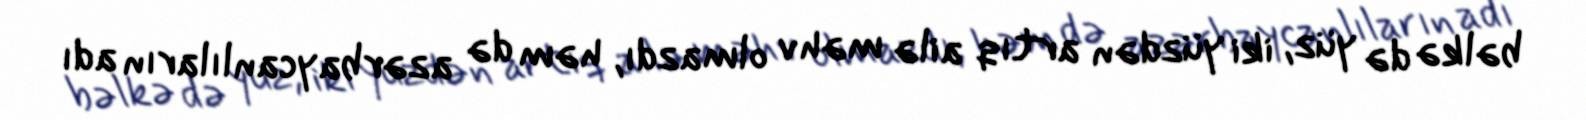
bəlkə də yüz, iki yüzdən artıq ailə məhv olmazdı, həm də azərbaycanlıların adı